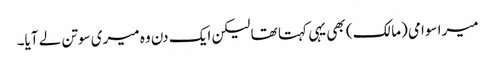
میرا سوامی (مالک) بھی یہی کہتا تھا لیکن ایک دن وہ میری سوتن لے آیا۔